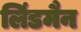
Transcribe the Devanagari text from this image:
लिंडमैन